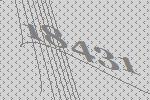
18431